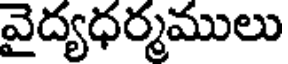
వైద్యధర్మములు